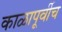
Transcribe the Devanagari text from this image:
काळापूर्वीच